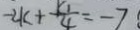
- 2 k + \frac { k _ { 1 } } { 4 } = - 7